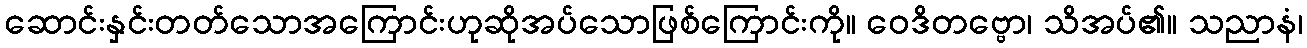
ဆောင်းနှင်းတတ်သောအကြောင်းဟုဆိုအပ်သောဖြစ်ကြောင်းကို။ ဝေဒိတဗ္ဗော၊ သိအပ်၏။ သညာနံ၊